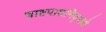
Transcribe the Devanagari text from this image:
चाष्टपाशनिवृत्तये